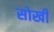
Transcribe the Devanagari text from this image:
सोखी